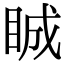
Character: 𥆏